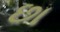
છા